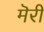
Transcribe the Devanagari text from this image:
मॆरी